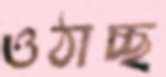
ওঠাচ্ছ